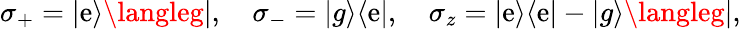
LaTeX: \sigma_{+}=|\mathrm{e}\rangle\langleg|,\quad\sigma_{-}=|g\rangle\langle\mathrm{e}|,\quad\sigma_{z}=|\mathrm{e}\rangle\langle\mathrm{e}|-|g\rangle\langleg|,